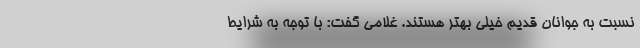
نسبت به جوانان قدیم خیلی بهتر هستند. غلامی گفت: با توجه به شرایط